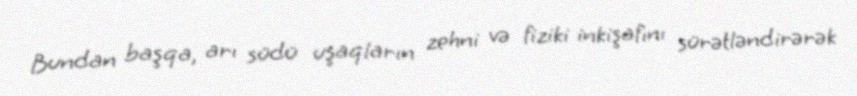
Bundan başqa, arı südü uşaqların zehni və fiziki inkişafını sürətləndirərək